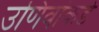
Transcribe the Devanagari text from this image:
उणिवांकडे